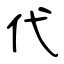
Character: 代